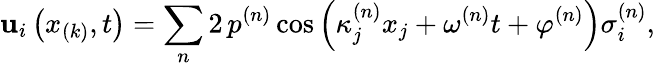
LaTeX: \mathbf{u}_{i}\left(x_{(k)},t\right)=\sum_{n}2\, p^{(n)}\cos\left(\kappa_{j}^{(n)}x_{j}+\omega^{(n)}t+\varphi^{(n)}\right)\sigma_{i}^{(n)},